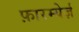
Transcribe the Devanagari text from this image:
फ़ारम्येर्ज़